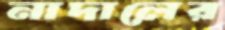
নাদালের